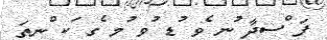
ފަ ްސދާ ުނ ެވ ުޑ ުވ ުމ ެގ ަކ ްނތަ